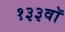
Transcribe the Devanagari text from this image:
१३३वॉ